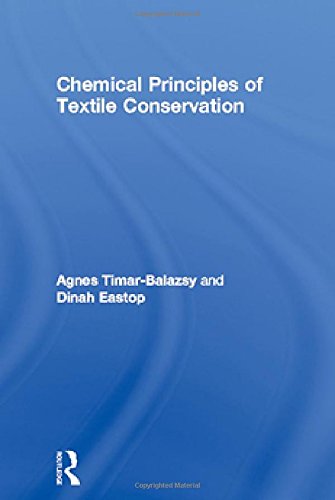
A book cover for Chemical Principles of Textile Conservation (Routledge Series in Conservation and Museology); Agnes Timar-Balazsy; Crafts, Hobbies & Home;